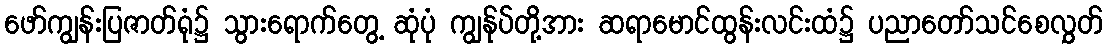
ဖော်ကျွန်းပြဇာတ်ရုံ၌ သွားရောက်တွေ့ ဆုံပုံ ကျွန်ုပ်တို့အား ဆရာမောင်ထွန်းလင်းထံ၌ ပညာတော်သင်စေလွှတ်